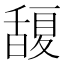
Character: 𭐮